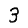
Digit: 3